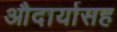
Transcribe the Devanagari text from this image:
औदार्यासह